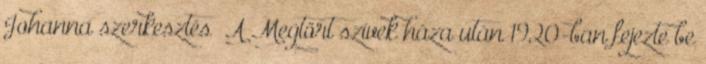
Johanna szerkesztés A Megtört szívek háza után 1920-ban fejezte be